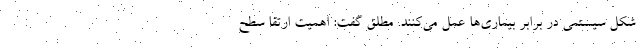
شکل سیستمی در برابر بیماری‌ها عمل می‌کنند. مطلق گفت: اهمیت ارتقا سطح